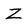
Character: Z